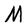
Character: M